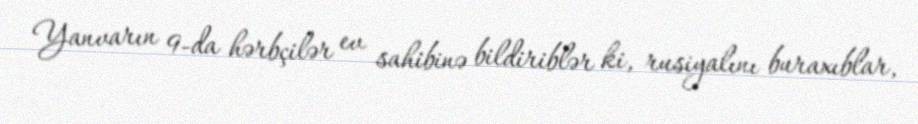
Yanvarın 9-da hərbçilər ev sahibinə bildiriblər ki, rusiyalını buraxıblar,